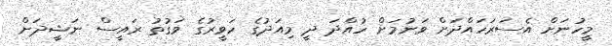
މީހުނަށް އެސަރަހައްދަށް ވަނުމަށް ހުއްދަ ދީ މިއަދުގެ ހަވީރުގެ ވަގުތު ރައީސް ނަޝީދަށް